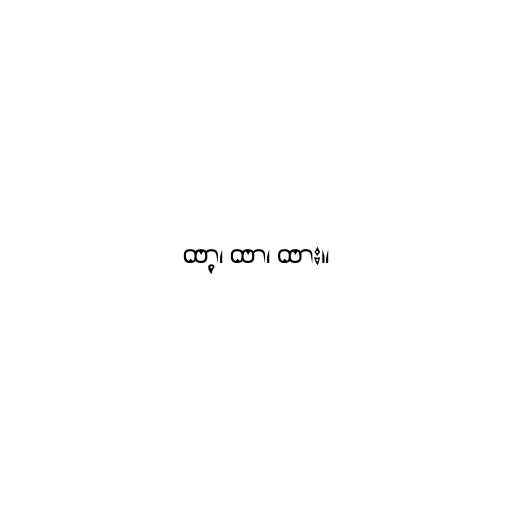
ထာ့၊ ထာ၊ ထား။